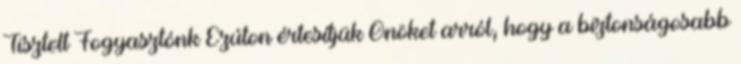
Tisztelt Fogyasztónk Ezúton értesítjük Önöket arról, hogy a biztonságosabb